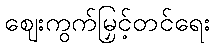
ဈေးကွက်မြှင့်တင်ရေး